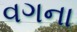
વગના